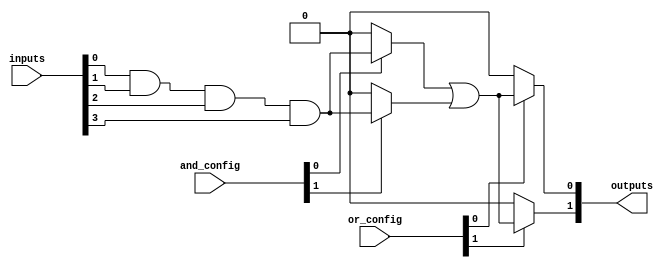
module GPAL #(
    parameter NUM_INPUTS = 4,      // Number of input lines
    parameter NUM_AND_GATES = 4,    // Number of AND gates
    parameter NUM_OR_GATES = 2       // Number of OR gates
)(
    input wire [NUM_INPUTS-1:0] inputs,               // Input lines
    input wire [NUM_AND_GATES-1:0] and_config,        // Configuration for AND gates
    input wire [NUM_OR_GATES-1:0] or_config,          // Configuration for OR gates
    output wire [NUM_OR_GATES-1:0] outputs             // Output lines
);

    // Internal wires for product terms
    wire [NUM_AND_GATES-1:0] product_terms;

    // Programmable AND Array
    genvar i;
    generate
        for (i = 0; i < NUM_AND_GATES; i = i + 1) begin : and_array
            assign product_terms[i] = (and_config[i]) ? (inputs[0] & inputs[1] & inputs[2] & inputs[3]) : 1'b0; // Example logic
        end
    endgenerate

    // Programmable OR Array
    genvar j;
    generate
        for (j = 0; j < NUM_OR_GATES; j = j + 1) begin : or_array
            assign outputs[j] = (or_config[j]) ? (product_terms[0] | product_terms[1]) : 1'b0; // Example logic
        end
    endgenerate

endmodule